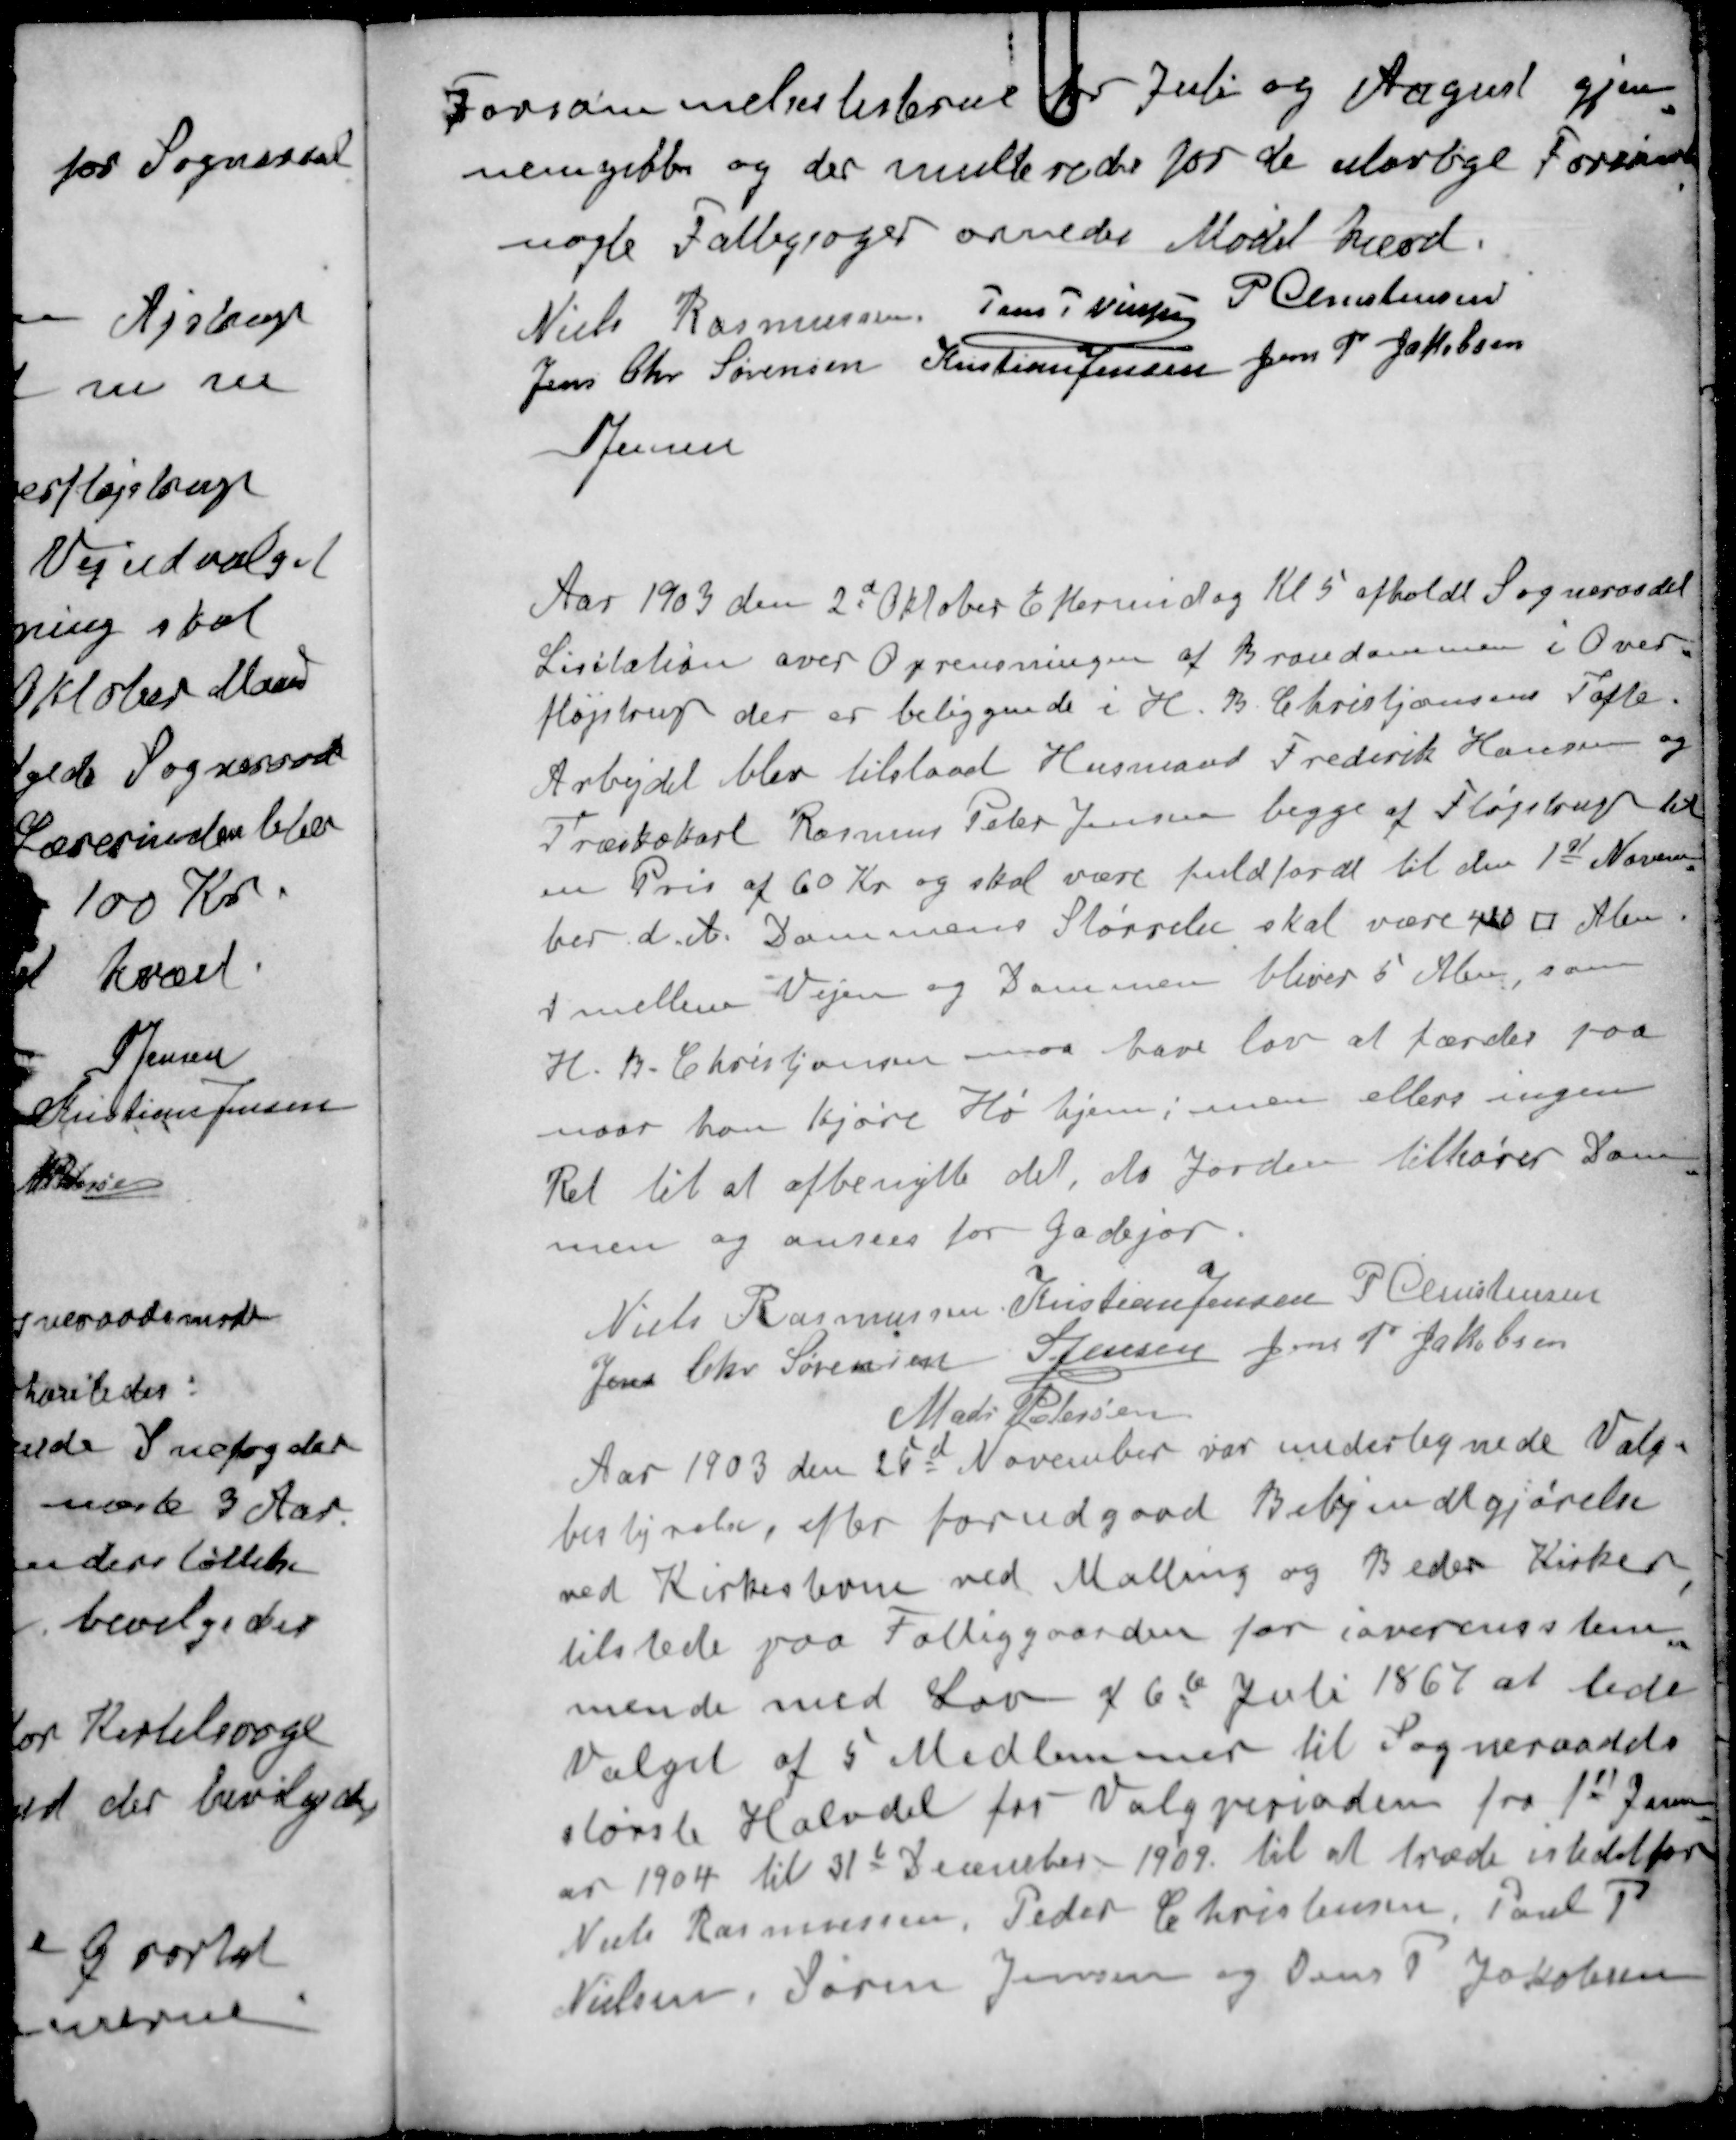
Transskription:
Forsømmelseslisterne for Juli og August gjen-
nemgiikkes og der multerede for de ulovlige Forsømm
nogle Fattigsager ornedes Mødet hævet
Niels Rasmussen
Jens P Nielsen
P Christensen
Jens Chr Sørensen
Kristian Jensen
Jens P Jakobsen
S Jensen
Aar 1903 den 2d Oktober Eftermidag Kl. 5 afholdt Sogneraadet
Licitation over Oprensningen af Brandammen i Over-
fløjstrup der er beliggende i H. B. Christiansens Tofte
Arbejdet blev tilstaaet Husmand Frederik Hansen og
Træskokarl Rasmus Peter Jensen begge af Fløjstrup til
en Pris af 60 Kr og skal være fuldfordt til den 1st Novem-
ber d. A. Dammens Størrelse skal være 40□ Alen
 mellem Vejen og Dammen bliver 5 Alen, som
H. B. Christiansen maa have lov at færder paa
naar han kjøre Hø hjem, men ellers ingen
Ret til at afbenytte det, da Jorden tilhører Dam-
men og ansees for Gadejor.
Niels Rasmussen
Kristian Jensen
P. Christensen
Jens Chr Sørensen
S Jensen
Jens P Jakobsen
Mads Petersen
Aar 1903 den 25d November var undertegnede Valg-
bestyrelse, efter forudgaaet Bekjendtgjørelse
ved Kirkestevne ved Malling og Beder Kirke
tilstede paa Fattiggaarden for ioverensstem-
mende med Lov af 6te Juli 1867 at lede
Valget af 5 Medlemmer til Sogneraadets
største Halvdel for Valgperioden fra 1st Janu-
ar 1904 til 31d December 1909 til at træde istedetfor
Niels Rasmussen, Peder Christensen, Poul P
Nielsen, Søren Jensen og Jens P Jakobsen